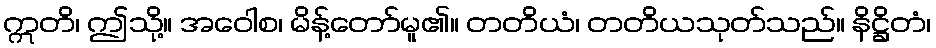
ဣတိ၊ ဤသို့။ အဝေါစ၊ မိန့်တော်မူ၏။ တတိယံ၊ တတိယသုတ်သည်။ နိဋ္ဌိတံ၊